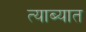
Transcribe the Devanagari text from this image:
त्याब्यात